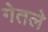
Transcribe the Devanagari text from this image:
गेतले